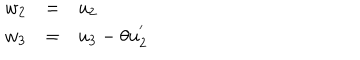
LaTeX: \begin{array} { l c l } { { w _ { 2 } } } & { { = } } & { { u _ { 2 } } } \\ { { w _ { 3 } } } & { { = } } & { { u _ { 3 } - \theta u _ { 2 } ^ { ' } } } \\ \end{array}